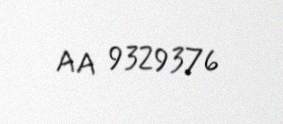
AA 9329376